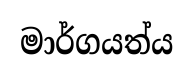
මාර්ගයත්ය